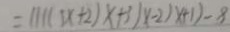
= 1 1 1 ( 3 x + 2 ) x + 3 ) x - 2 ) x + 1 ) - 8